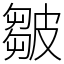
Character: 皺